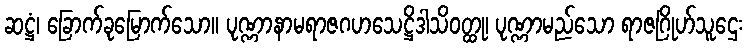
ဆဋ္ဌံ၊ ခြောက်ခုမြောက်သော။ ပုဏ္ဏာနာမရာဇဂဟသေဋ္ဌိဒါသိဝတ္ထု၊ ပုဏ္ဏာမည်သော ရာဇဂြိုဟ်သူဌေး